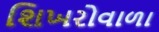
શિખરોવાળા